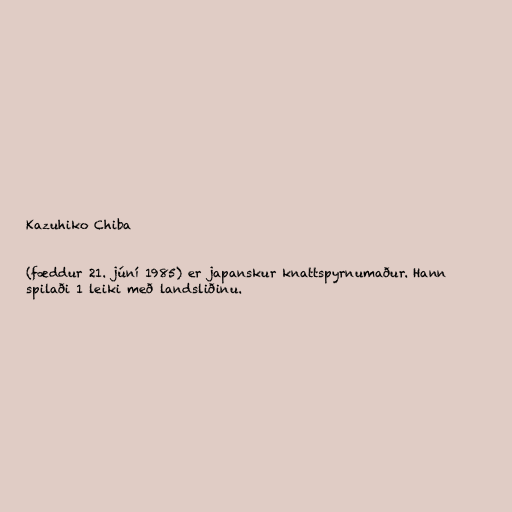
Kazuhiko Chiba

(fæddur 21. júní 1985) er japanskur knattspyrnumaður. Hann
spilaði 1 leiki með landsliðinu.